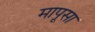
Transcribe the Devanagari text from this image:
मापूसा